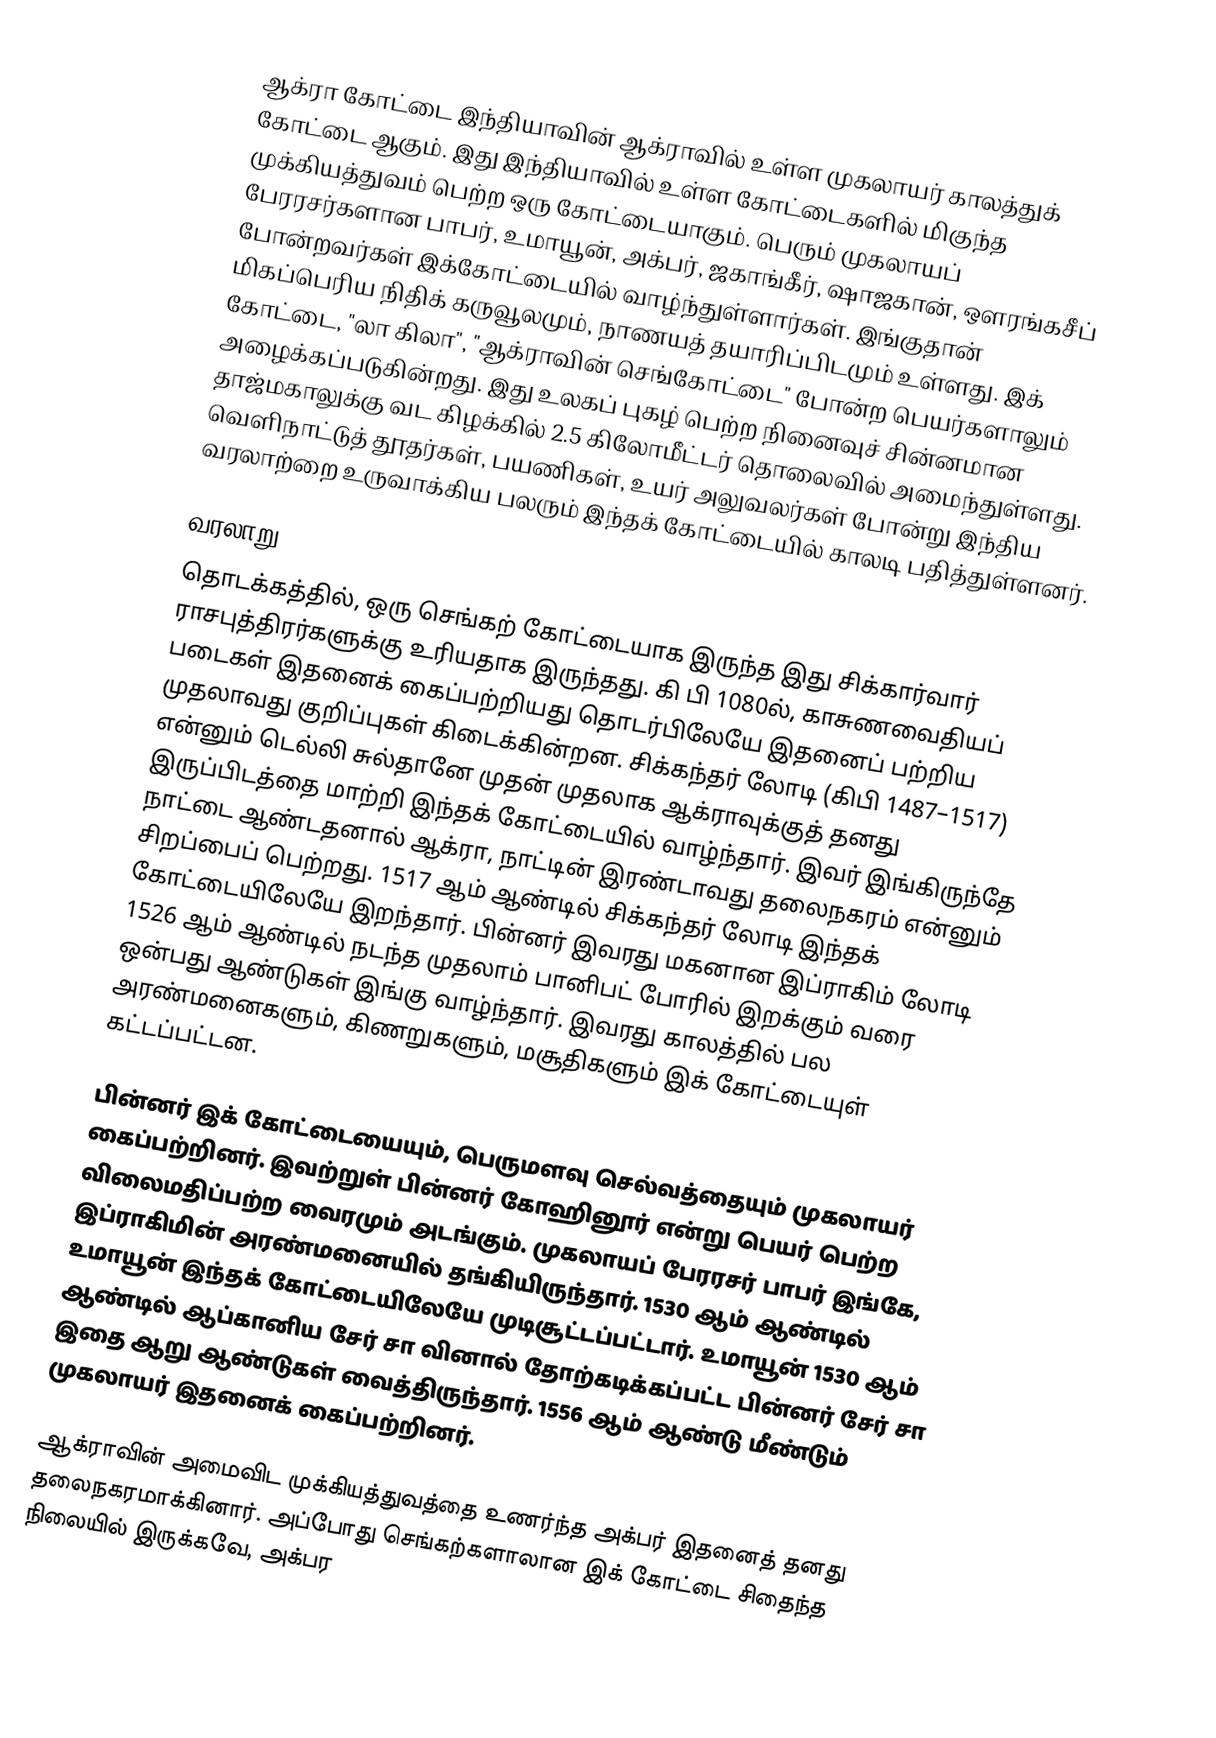
ஆக்ரா கோட்டை இந்தியாவின் ஆக்ராவில் உள்ள முகலாயர் காலத்துக் கோட்டை ஆகும். இது இந்தியாவில் உள்ள கோட்டைகளில் மிகுந்த முக்கியத்துவம் பெற்ற ஒரு கோட்டையாகும். பெரும் முகலாயப் பேரரசர்களான பாபர், உமாயூன், அக்பர், ஜகாங்கீர், ஷாஜகான், ஔரங்கசீப் போன்றவர்கள் இக்கோட்டையில் வாழ்ந்துள்ளார்கள். இங்குதான் மிகப்பெரிய நிதிக் கருவூலமும், நாணயத் தயாரிப்பிடமும் உள்ளது. இக் கோட்டை, "லா கிலா", "ஆக்ராவின் செங்கோட்டை" போன்ற பெயர்களாலும் அழைக்கப்படுகின்றது. இது உலகப் புகழ் பெற்ற நினைவுச் சின்னமான தாஜ்மகாலுக்கு வட கிழக்கில் 2.5 கிலோமீட்டர் தொலைவில் அமைந்துள்ளது. வெளிநாட்டுத் தூதர்கள், பயணிகள், உயர் அலுவலர்கள் போன்று இந்திய வரலாற்றை உருவாக்கிய பலரும் இந்தக் கோட்டையில் காலடி பதித்துள்ளனர்.

வரலாறு
தொடக்கத்தில், ஒரு செங்கற் கோட்டையாக இருந்த இது சிக்கார்வார் ராசபுத்திரர்களுக்கு உரியதாக இருந்தது. கி பி 1080ல், காசுணவைதியப் படைகள் இதனைக் கைப்பற்றியது தொடர்பிலேயே இதனைப் பற்றிய முதலாவது குறிப்புகள் கிடைக்கின்றன. சிக்கந்தர் லோடி (கிபி 1487–1517) என்னும் டெல்லி சுல்தானே முதன் முதலாக ஆக்ராவுக்குத் தனது இருப்பிடத்தை மாற்றி இந்தக் கோட்டையில் வாழ்ந்தார். இவர் இங்கிருந்தே நாட்டை ஆண்டதனால் ஆக்ரா, நாட்டின் இரண்டாவது தலைநகரம் என்னும் சிறப்பைப் பெற்றது. 1517 ஆம் ஆண்டில் சிக்கந்தர் லோடி இந்தக் கோட்டையிலேயே இறந்தார். பின்னர் இவரது மகனான இப்ராகிம் லோடி 1526 ஆம் ஆண்டில் நடந்த முதலாம் பானிபட் போரில் இறக்கும் வரை ஒன்பது ஆண்டுகள் இங்கு வாழ்ந்தார். இவரது காலத்தில் பல அரண்மனைகளும், கிணறுகளும், மசூதிகளும் இக் கோட்டையுள் கட்டப்பட்டன.

பின்னர் இக் கோட்டையையும், பெருமளவு செல்வத்தையும் முகலாயர் கைப்பற்றினர். இவற்றுள் பின்னர் கோஹினூர் என்று பெயர் பெற்ற விலைமதிப்பற்ற வைரமும் அடங்கும். முகலாயப் பேரரசர் பாபர் இங்கே, இப்ராகிமின் அரண்மனையில் தங்கியிருந்தார். 1530 ஆம் ஆண்டில் உமாயூன் இந்தக் கோட்டையிலேயே முடிசூட்டப்பட்டார். உமாயூன் 1530 ஆம் ஆண்டில் ஆப்கானிய சேர் சா வினால் தோற்கடிக்கப்பட்ட பின்னர் சேர் சா இதை ஆறு ஆண்டுகள் வைத்திருந்தார். 1556 ஆம் ஆண்டு மீண்டும் முகலாயர் இதனைக் கைப்பற்றினர்.

ஆக்ராவின் அமைவிட முக்கியத்துவத்தை உணர்ந்த அக்பர் இதனைத் தனது தலைநகரமாக்கினார். அப்போது செங்கற்களாலான இக் கோட்டை சிதைந்த நிலையில் இருக்கவே, அக்பர